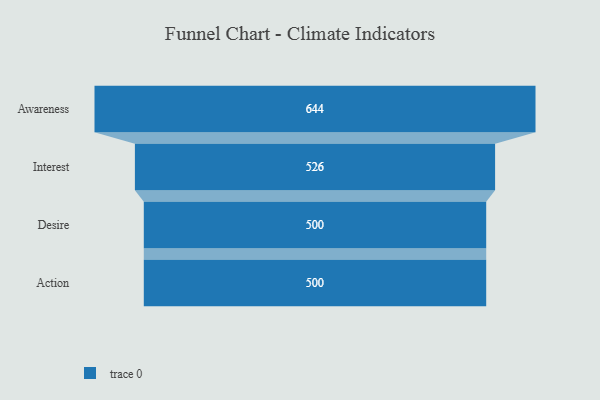
{"axis": {"x": "Stage", "y": "Value"}, "legend": [""], "data": [{"x": "Awareness", "y": 644.0, "type": ""}, {"x": "Interest", "y": 526.0, "type": ""}, {"x": "Desire", "y": 500, "type": ""}, {"x": "Action", "y": 500, "type": ""}]}